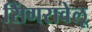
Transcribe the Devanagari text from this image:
सिंगरावेलू